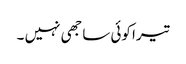
تیرا کوئی ساجھی نہیں ۔